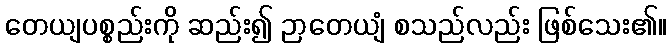
တေယျပစ္စည်းကို ဆည်း၍ ဉာတေယျံ စသည်လည်း ဖြစ်သေး၏။